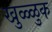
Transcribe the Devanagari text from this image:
खुळ्ळुक